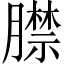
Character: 𦡞